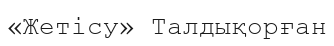
«Жетісу» Талдықорған